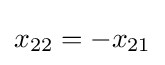
x_{22}=-x_{21}